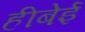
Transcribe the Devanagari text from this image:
हीबेई